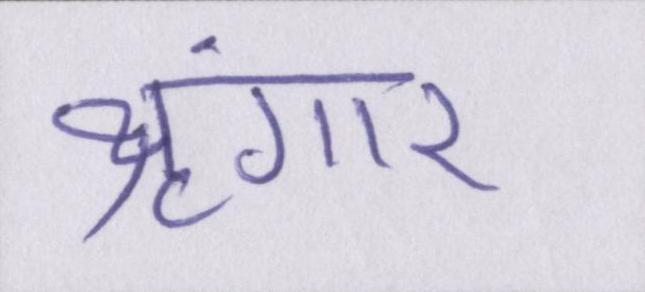
श्रृंगार